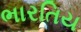
ભારતિય